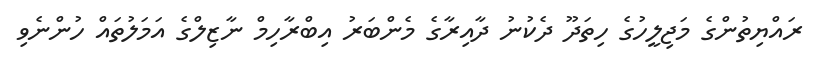
ރައްޔިތުންގެ މަޖިލީހުގެ ހިތަދޫ ދެކުނު ދާއިރާގެ މެންބަރު އިބްރާހިމް ނާޒިލްގެ އަމަލުތައް ހުންނެވި